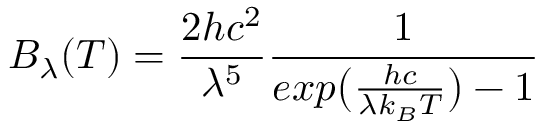
B _ { \lambda } ( T ) = \frac { 2 h c ^ { 2 } } { \lambda ^ { 5 } } \frac { 1 } { e x p \big ( \frac { h c } { \lambda k _ { B } T } \big ) - 1 }